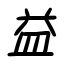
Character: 益